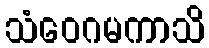
သံဝေဂမကာသိ